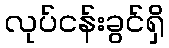
လုပ်ငန်းခွင်ရှိ